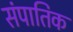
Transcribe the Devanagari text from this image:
संपातिक